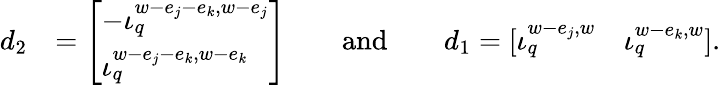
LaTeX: \begin{array}{rl}{d_{2}}&{=\left[\begin{array}{l}{-\iota_{q}^{w-e_{j}-e_{k},w-e_{j}}}\\ {\iota_{q}^{w-e_{j}-e_{k},w-e_{k}}}\end{array}\right]\qquad\mathrm{and}\qquad d_{1}=[\iota_{q}^{w-e_{j},w}\quad\iota_{q}^{w-e_{k},w}].}\end{array}